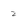
Character: 2